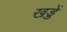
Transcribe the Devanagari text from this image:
खड्डें